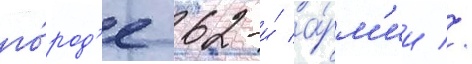
го́род'е 62-и́ а́рм'ии //